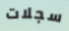
سجلات